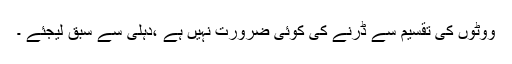
ووٹوں کی تقسیم سے ڈرنے کی کوئی ضرورت نہیں ہے ،دہلی سے سبق لیجئے ۔